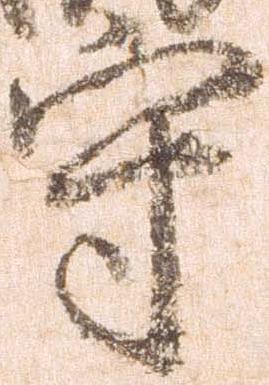
守